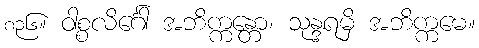
၈၃၆။ ဝါစ္စလိင်္ဂေါ အဘိက္ကန္တော၊ သုန္ဒရမှိ အဘိက္ကမေ။